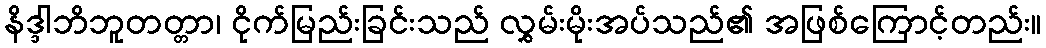
နိဒ္ဒါဘိဘူတတ္တာ၊ ငိုက်မြည်းခြင်းသည် လွှမ်းမိုးအပ်သည်၏ အဖြစ်ကြောင့်တည်း။